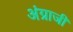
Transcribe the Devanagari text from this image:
अंग्राजी